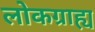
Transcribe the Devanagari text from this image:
लोकग्राह्य